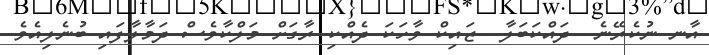
އާނ ނުކެރޭނެ.. ދައްކަބަލާ.. ޒައިކް ވާހަކަ ދެއްކި ރާގަށް މަލްކާވެސް ދަމާލާފައި ބުނެލިއެވެ.